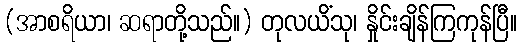
(အာစရိယာ၊ ဆရာတို့သည်။) တုလယိံသု၊ နှိုင်းချိန်ကြကုန်ပြီ။